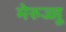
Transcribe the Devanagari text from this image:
मेरुज्जू